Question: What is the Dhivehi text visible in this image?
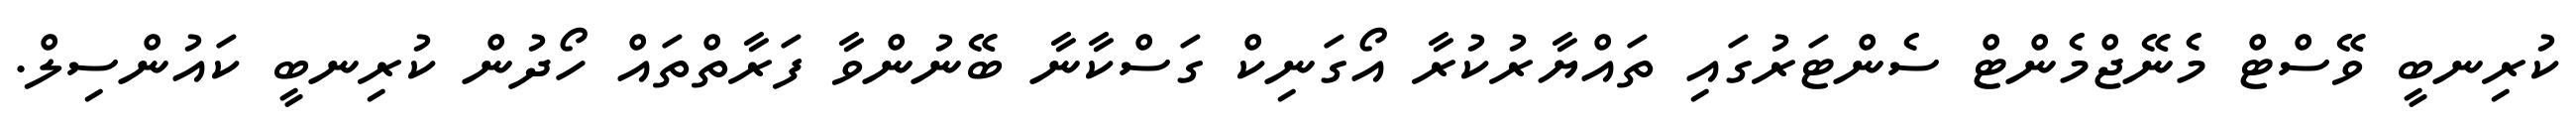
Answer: ކުރިނބީ ވޭސްޓް މެނޭޖްމެންޓް ސެންޓަރުގައި ތައްޔާރުކުރާ އޯގަނިކް ގަސްކާނާ ބޭނުންވާ ފަރާތްތައް ހޯދުން ކުރިނބީ ކައުންސިލް.